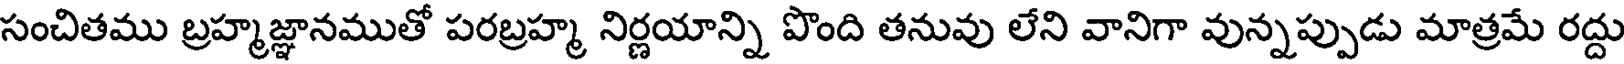
సంచితము బ్రహ్మజ్ఞానముతో పరబ్రహ్మ నిర్ణయాన్ని పొంది తనువు లేని వానిగా వున్నప్పుడు మాత్రమే రద్దు